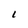
Character: L